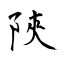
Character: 陜